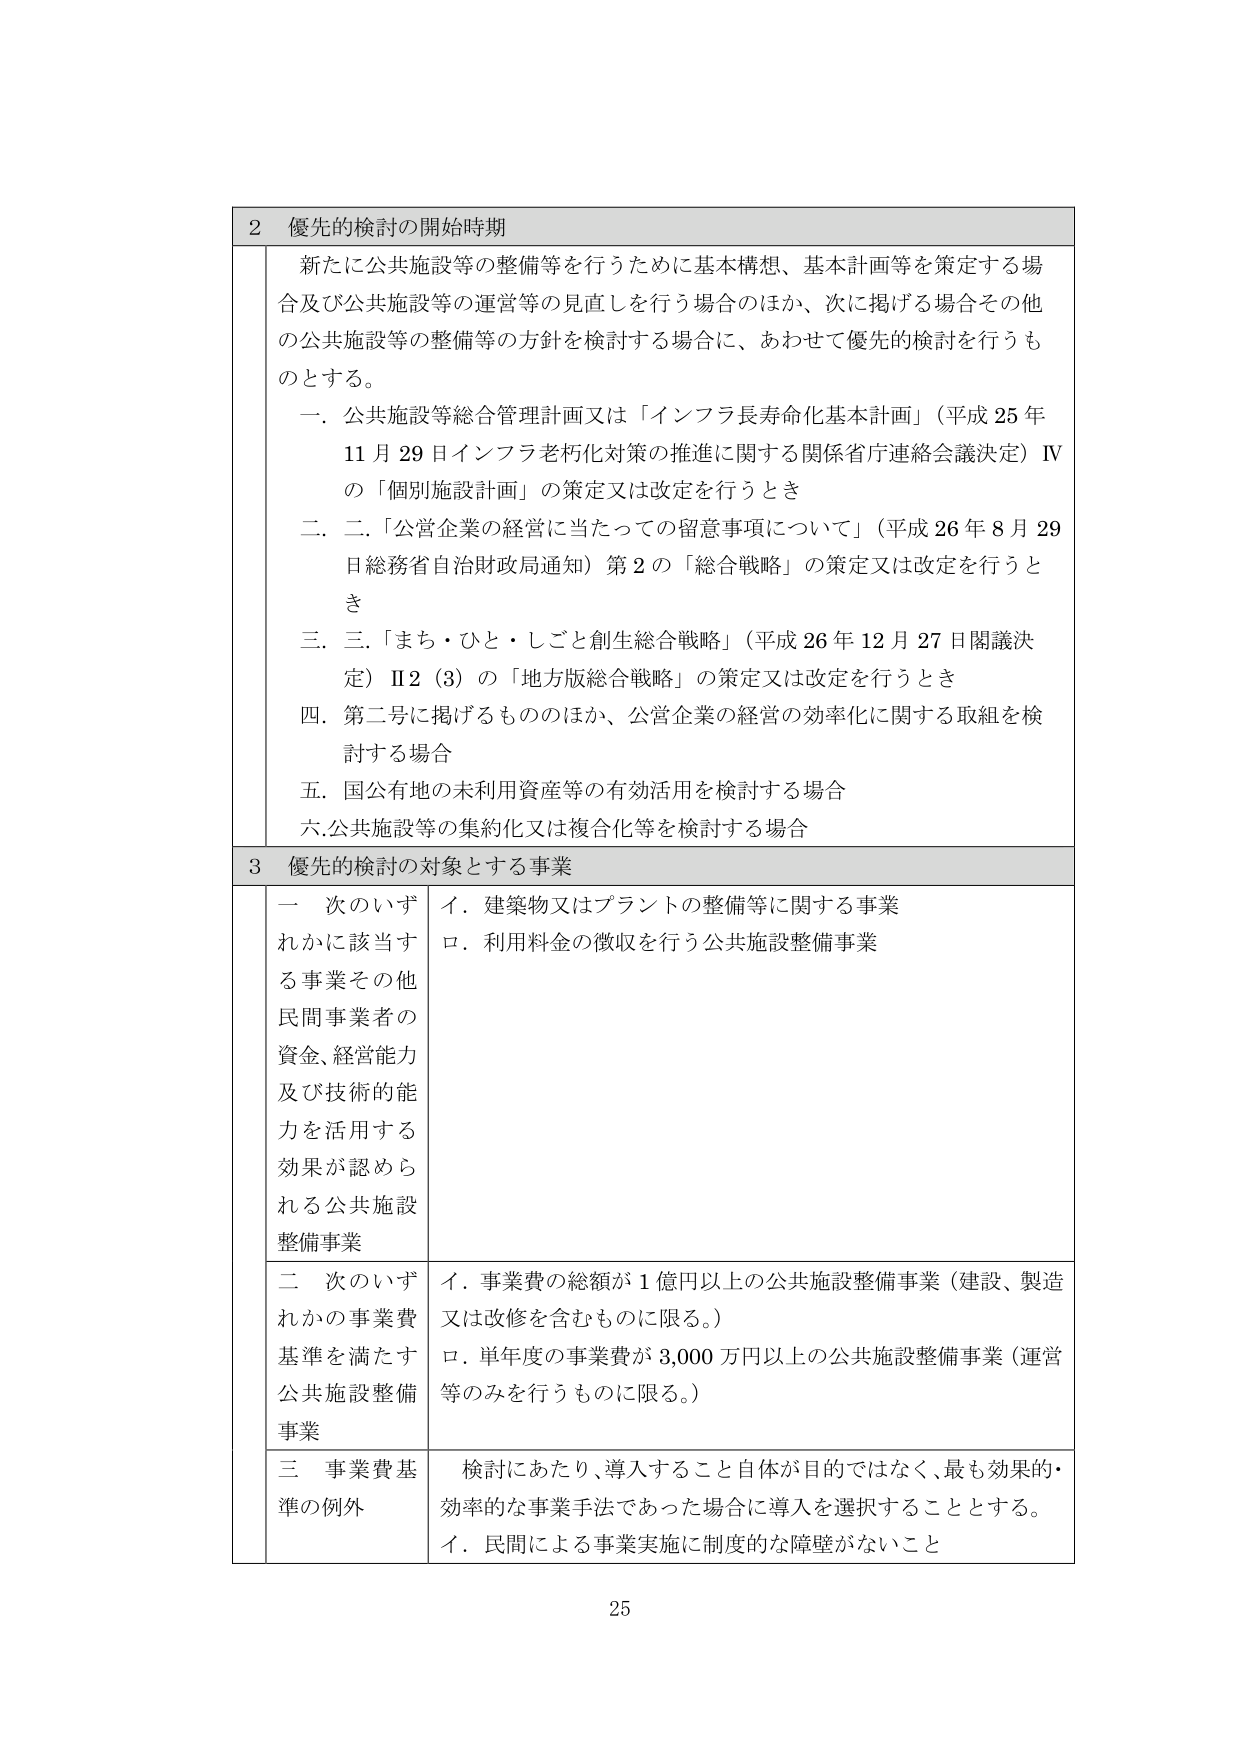
2 優先的検討の開始時期
新たに公共施設等の整備等を行うために基本構想、基本計画等を策定する場合及び公共施設等の運営等の見直しを行う場合のほか、次に掲げる場合その他 の公共施設等の整備等の方針を検討する場合に、あわせて優先的検討を行うものとする。
一．公共施設等総合管理計画又は「インフラ長寿命化基本計画」（平成25年11月29日インフラ老朽化対策の推進に関する関係省庁連絡会議決定）Ⅳの「個別施設計画」の策定又は改定を行うとき
二．「公営企業の経営に当たっての留意事項について」（平成26年8月29日総務省自治財政局通知）第2の「総合戦略」の策定又は改定を行うとき
三．「まち・ひと・しごと創生総合戦略」（平成26年12月27日閣議決定）Ⅱ2（3）の「地方版総合戦略」の策定又は改定を行うとき
四．第二号に掲げるもののほか、公営企業の経営の効率化に関する取組を検討する場合
五．国公有地の未利用資産等の有効活用を検討する場合
六．公共施設等の集約化又は複合化等を検討する場合

3 優先的検討の対象とする事業
一 次のいずれかに該当する事業その他民間事業者の資金、経営能力及び技術的能力を活用する効果が認められる公共施設整備事業
　イ．建築物又はプラントの整備等に関する事業
　ロ．利用料金の徴収を行う公共施設整備事業
二 次のいずれかの事業費基準を満たす公共施設整備事業
　イ．事業費の総額が1億円以上の公共施設整備事業（建設、製造又は改修を含むものに限る。）
　ロ．単年度の事業費が3,000万円以上の公共施設整備事業（運営等のみを行うものに限る。）
三 事業費基準の例外
　検討にあたり、導入すること自体が目的ではなく、最も効果的・効率的な事業手法であった場合に導入を選択することとする。
　イ．民間による事業実施に制度的な障壁がないこと

25